Mental hospitals Bombay report 1921-28 - 1921-1928
Year: 1921
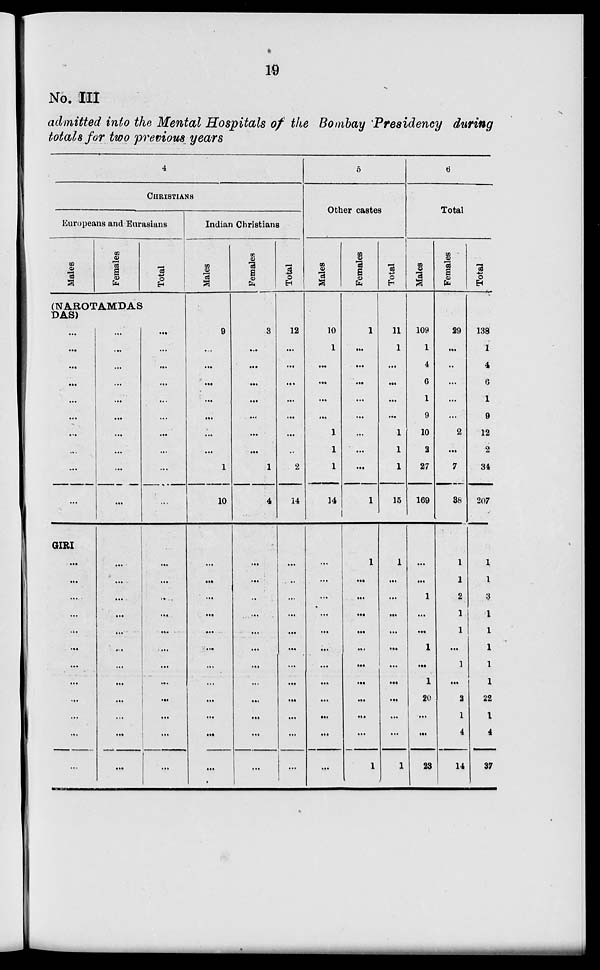
19
No. III
admitted into the Mental Hospitals of the Bombay Presidency during
totals for two previous years
4
CHRISTIANS
Europeans and Eurasians
Males
Females
Total
(NAROTAMDAS
DAS)
...
...
...
...
...
...
...
...
...
...
GIRI
...
...
...
...
...
...
...
...
...
...
...
...
...
...
...
...
...
...
...
...
...
...
...
...
...
...
...
....
...
...
...
...
...
...
...
...
...
...
...
...
...
...
...
...
...
...
...
...
...
...
...
...
...
...
...
...
Indian Christians
Males
9
...
...
...
...
...
...
...
1
10
...
...
...
...
...
...
...
...
...
...
...
...
Females
3
...
...
...
...
...
...
...
1
4
...
...
..
...
...
...
...
...
...
...
...
...
Total
12
...
...
...
...
...
...
...
2
14
...
..
...
...
...
...
...
...
...
...
...
...
5
Other castes
Males
10
1
...
...
...
...
1
1
1
14
...
...
...
...
...
...
...
...
...
...
...
...
Females
1
...
...
...
...
...
...
...
...
1
1
...
...
...
...
...
...
...
...
...
...
1
Total
11
1
...
...
...
...
1
1
1
15
1
...
...
...
...
...
...
...
...
...
...
1
6
Total
Males
109
1
4
6
1
9
10
2
27
169
...
...
1
...
...
1
...
1
20
...
...
23
Females
29
...
..
...
...
...
2
...
7
38
1
1
2
1
1
...
1
...
2
1
4
14
Total
138
1
4
6
1
9
12
2
34
207
1
1
3
1
1
1
1
1
22
1
4
37